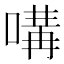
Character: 㗕